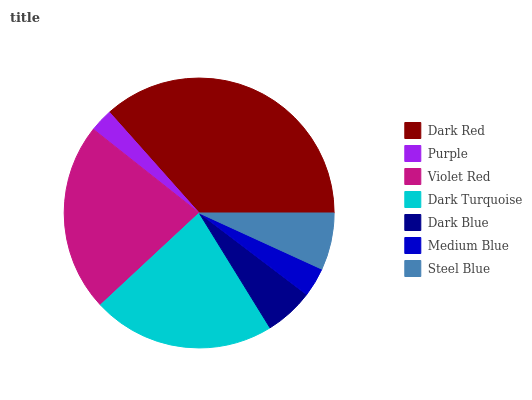
| Dark Red | Purple | Violet Red | Dark Turquoise | Dark Blue | Medium Blue | Steel Blue |
 | --- | --- | --- | --- | --- | --- | --- |
 | 36.6% | 2.77% | 22.6% | 21.8% | 5.87% | 3.5% | 6.83% |